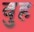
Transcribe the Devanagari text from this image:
वुह